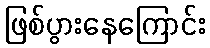
ဖြစ်ပွားနေကြောင်း